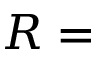
R =